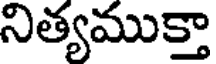
నిత్యముక్తా